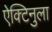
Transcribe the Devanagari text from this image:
ऐक्टिनुला